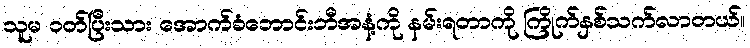
သူမ ဝတ်ပြီးသား အောက်ခံဘောင်းဘီအနံ့ကို နမ်းရတာကို ကြိုက်နှစ်သက်လာတယ်။